Indian journal of veterinary science and animal husbandry - Volume 9,
Year: 1939
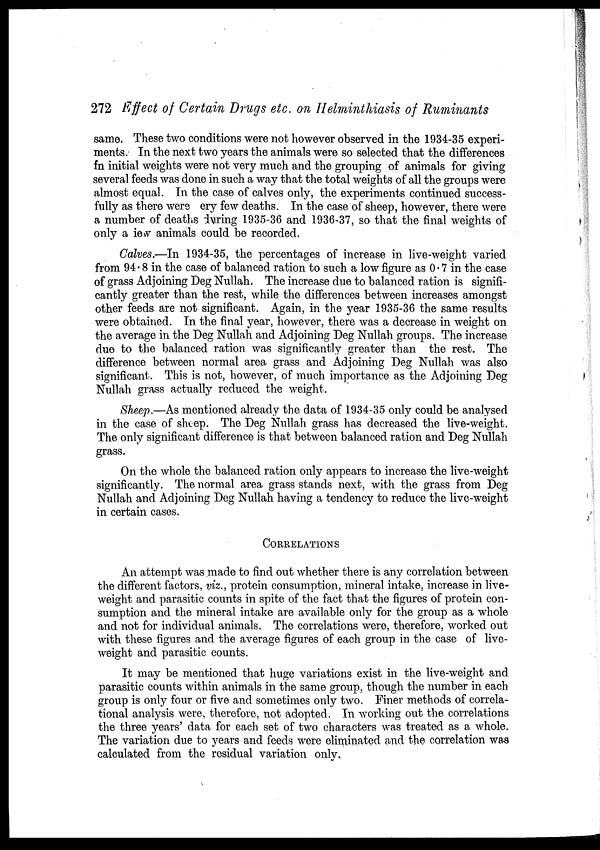
272 Effect of Certain Drugs etc. on Helminthiasis of Ruminants
same. These two conditions were not however observed in the 1934-35 experi-
ments. In the next two years the animals were so selected that the differences
fn initial weights were not very much and the grouping of animals for giving
several feeds was done in such a way that the total weights of all the groups were
almost equal. In the case of calves only, the experiments continued success-
fully as there were ery few deaths. In the case of sheep, however, there were
a number of deaths during 1935-36 and 1936-37, so that the final weights of
only a iew animals could be recorded.
Calves.—In 1934-35, the percentages of increase in live-weight varied
from 94.8 in the case of balanced ration to such a low figure as 0 • 7 in the case
of grass Adjoining Deg Nullah. The increase due to balanced ration is signifi-
cantly greater than the rest, while the differences between increases amongst
other feeds are not significant. Again, in the year 1935-36 the same results
were obtained. In the final year, however, there was a decrease in weight on
the average in the Deg Nullah and Adjoining Deg Nullah groups. The increase
due to the balanced ration was significantly greater than the rest. The
difference between normal area grass and Adjoining Deg Nullah was also
significant. This is not, however, of much importance as the Adjoining Deg
Nullah grass actually reduced the weight.
Sheep.—As mentioned already the data of 1934-35 only could be analysed
in the case of sheep. The Deg Nullah grass has decreased the live-weight.
The only significant difference is that between balanced ration and Deg Nullah
grass.
On the whole the balanced ration only appears to increase the live-weight
significantly. The normal area grass stands next, with the grass from Deg
Nullah and Adjoining Deg Nullah having a tendency to reduce the live-weight
in certain cases.
CORRELATIONS
An attempt was made to find out whether there is any correlation between
the different factors, viz., protein consumption, mineral intake, increase in live-
weight and parasitic counts in spite of the fact that the figures of protein con-
sumption and the mineral intake are available only for the group as a whole
and not for individual animals. The correlations were, therefore, worked out
with these figures and the average figures of each group in the case of live-
weight and parasitic counts.
It may be mentioned that huge variations exist in the live-weight and
parasitic counts within animals in the same group, though the number in each
group is only four or five and sometimes only two. Finer methods of correla-
tional analysis were, therefore, not adopted. In working out the correlations
the three years' data for each set of two characters was treated as a whole.
The variation due to years and feeds were eliminated and the correlation was
calculated from the residual variation only.